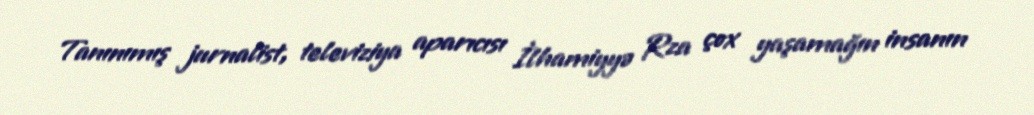
Tanınımış jurnalist, televiziya aparıcısı İlhamiyyə Rza çox yaşamağın insanın